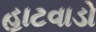
હાટવાડો